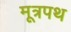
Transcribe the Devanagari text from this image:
मूत्रपथ